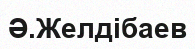
Ә.Желдібаев